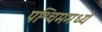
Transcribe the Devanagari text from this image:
पश्चिममध्ये